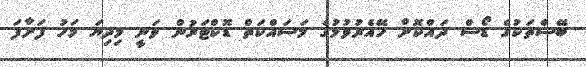
ބޭސްތަކުގެ ޑޯސް ދައްކޮށް ހޭއެރުވުމުގެ މަސައްކަތް ޑޮކްޓަރުން ވަނީ މިދިޔަ މަހު ފަށާފަ